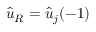
\hat { u } _ { R } = { \hat { u } } _ { j } ( - 1 )